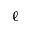
\ell